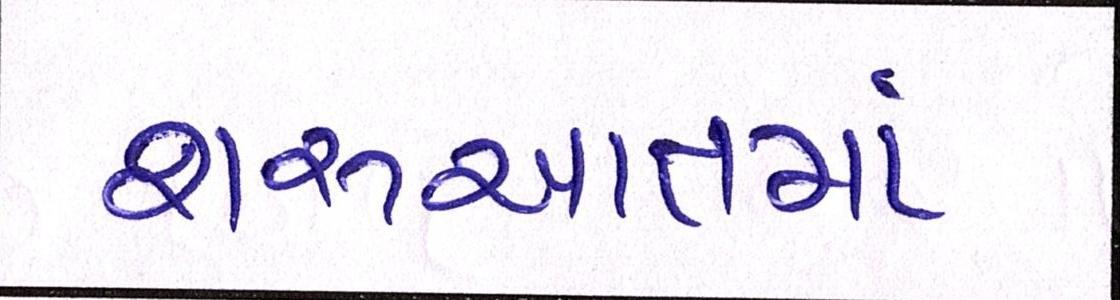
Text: શરૂઆતમાં